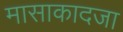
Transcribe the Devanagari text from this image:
मासाकादजा